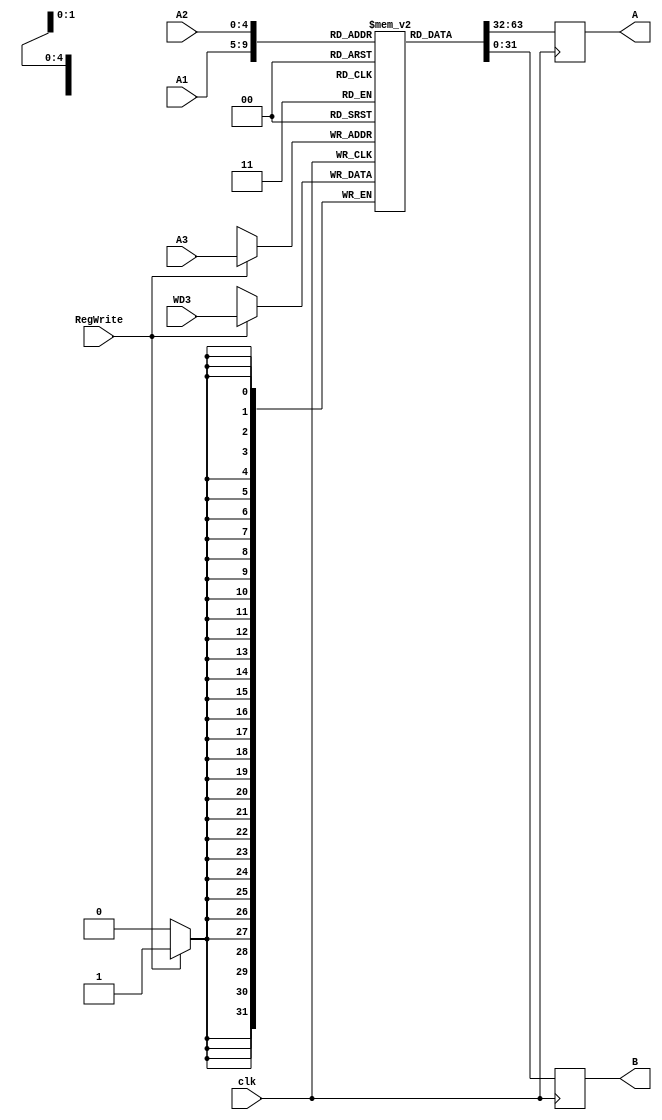
module Reg_File (
    input               clk,
    input       [4:0]   A1, // 5 bits Address 1
    input       [4:0]   A2, // 5 bits Address 2
    input       [4:0]   A3, // 5 bits Address 3
    input               RegWrite, // Will there be writing in the register
    input       [31:0]  WD3, // 32 bits Write data in 3
    
    output  reg [31:0]  A, // Address A
    output  reg [31:0]  B // Address B

);
    // lw : load word instr [op(6bit) rs(5bit) rd(5bit) imm(16bit)]
    wire [31:0] RD1,RD2; // 32 bits Read Data 1 and 2
    reg [31:0]  ROM [31:0];
    // Setting indices 0-15 of ROM to 32 bits of 0s
    initial begin
        ROM[0] <= 32'b0;
        ROM[1] <= 32'b0;
        ROM[2] <= 32'b0;
        ROM[3] <= 32'b0;
        ROM[4] <= 32'b0;
        ROM[5] <= 32'b0;
        ROM[6] <= 32'b0;
        ROM[7] <= 32'b0;
        ROM[8] <= 32'b0;
        ROM[9] <= 32'b0;
        ROM[10] <= 32'b0;
        ROM[11] <= 32'b0;
        ROM[12] <= 32'b0;
        ROM[13] <= 32'b0;
        ROM[14] <= 32'b0;
        ROM[15] <= 32'b0;
    end


    assign RD1 = ROM[A1]; // Assign RD1 to the data stored in ROM at address 1
    assign RD2 = ROM[A2]; // Assign RD2 to the data stored in ROM at address 2
    // RegWrite is set to 1 when lw Instr is executed
    always @(posedge clk) begin // On positive edge 
        A <= RD1; // Address A is set to RD1
        B <= RD2; // Address B is set to RD2
        if (RegWrite) begin // If we want to write the word into the register
            // load word
            ROM[A3] <= WD3; // Store the data in WD3 into ROM at address 3
        end
    end
endmodule